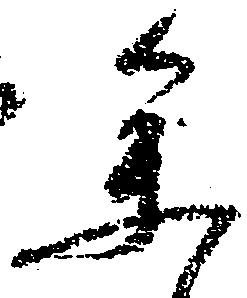
参